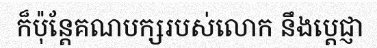
ក៏ប៉ុន្តែគណបក្សរបស់លោក នឹងប្តេជ្ញា